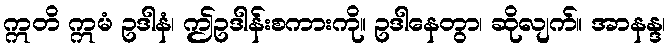
ဣတိ ဣမံ ဥဒါနံ၊ ဤဥဒါန်းစကားကို။ ဥဒါနေတွာ၊ ဆိုလျက်။ အာနန္ဒ၊